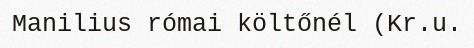
Manilius római költőnél (Kr.u.